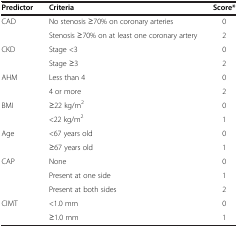
| Predictor | Criteria | Score* |
 | --- | --- | --- |
 | <ROWSPAN=2> CAD | No stenosis ≥70% on coronary arteries | 0 |
 | Stenosis ≥70% on at least one coronary artery | 2 |
 | <ROWSPAN=2> CKD | Stage <3 | 0 |
 | Stage ≥3 | 2 |
 | <ROWSPAN=2> AHM | Less than 4 | 0 |
 | 4 or more | 2 |
 | <ROWSPAN=2> BMI | ≥22 kg/m2 | 0 |
 | <22 kg/m2 | 1 |
 | <ROWSPAN=2> Age | <67 years old | 0 |
 | ≥67 years old | 1 |
 | <ROWSPAN=3> CAP | None | 0 |
 | Present at one side | 1 |
 | Present at both sides | 2 |
 | <ROWSPAN=2> CIMT | <1.0 mm | 0 |
 | ≥1.0 mm | 1 |